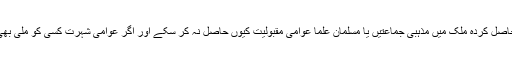
آخر کیا وجہ ہے کہ مذہب کے نام پر حاصل کردہ ملک میں مذہبی جماعتیں یا مسلمان علما عوامی مقبولیت کیوں حاصل نہ کر سکے اور اگر عوامی شہرت کسی کو ملی بھی تو وہ باوجودیکہ اقتدار میں نہ آ سکے۔